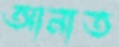
আনাত